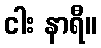
ငါး နာရီ။